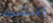
إلتقيت